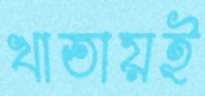
খাতায়ই